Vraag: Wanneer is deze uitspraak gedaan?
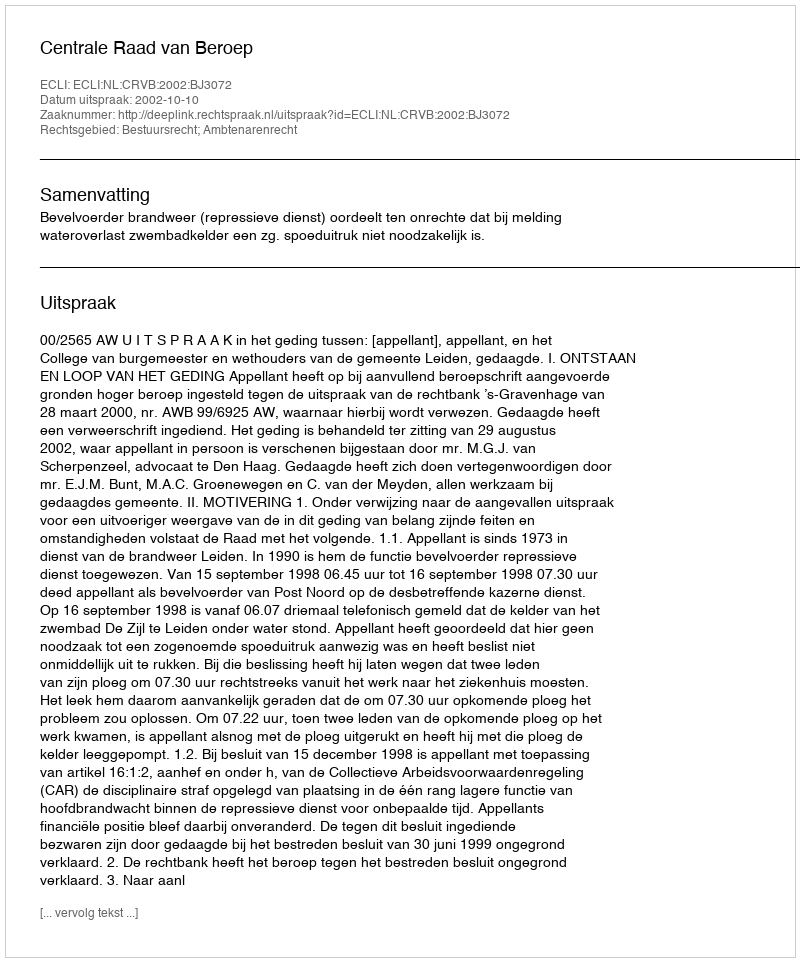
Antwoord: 2002-10-10